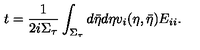
t = \frac { 1 } { 2 i \Sigma _ { \tau } } \int _ { \Sigma _ { \tau } } d \bar { \eta } d \eta v _ { i } ( \eta , \bar { \eta } ) E _ { i i } .